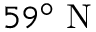
5 9 ^ { \circ } \mathrm { ~ N ~ }